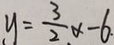
y = \frac { 3 } { 2 } x - 6 .